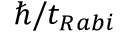
\hbar / t _ { R a b i }